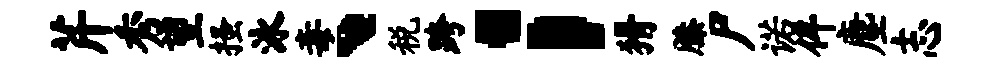
芹秀望搔泳毒丶税跨；猾膝尸诺侔麈志